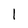
Character: l